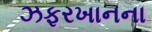
ઝફરખાનના